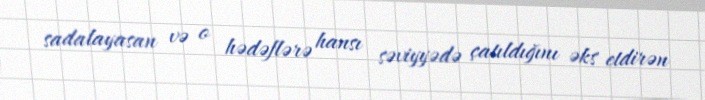
sadalayasan və o hədəflərə hansı səviyyədə çatıldığını əks etdirən